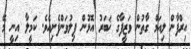
އިރްފާން ލިއަމް ގާތުން ވަޒީފާގެ ޚަބަރު އޮޅުން ފިލުވަންފެށިއެވެ. ކަމީލާ އިނީ މޭ